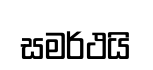
සමර්ථයි